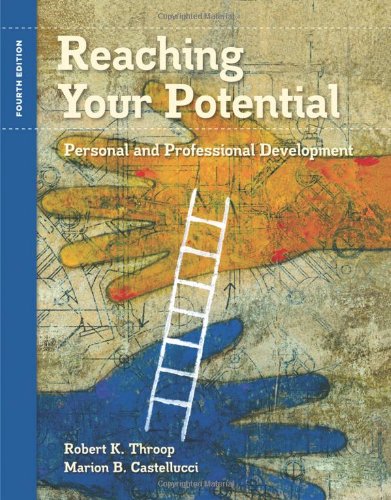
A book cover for Reaching Your Potential: Personal and Professional Development (Textbook-specific CSFI); Robert K. Throop; Reference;